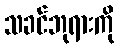
သခင်ဘုရားကို